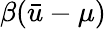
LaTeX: \beta(\bar{u}-\mu)